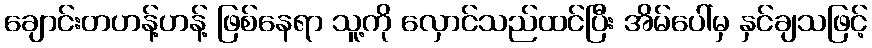
ချောင်းတဟန့်ဟန့် ဖြစ်နေရာ သူ့ကို လှောင်သည်ထင်ပြီး အိမ်ပေါ်မှ နှင်ချသဖြင့်